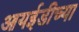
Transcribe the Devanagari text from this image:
आयईडीच्या